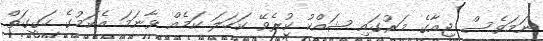
ނަމަވެސް ޖިއާގެ މަރުގައި ޝައްކު ކުރެވޭ ކަހަލަ ކަމެއް ވާނަމަ އެކަމުގެ ހަގީގަތް